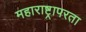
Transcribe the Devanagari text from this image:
महाराष्ट्रापरता